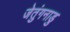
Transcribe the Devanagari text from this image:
जेतुंगनाडु